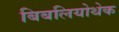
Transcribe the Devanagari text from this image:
बिबलियोथेक